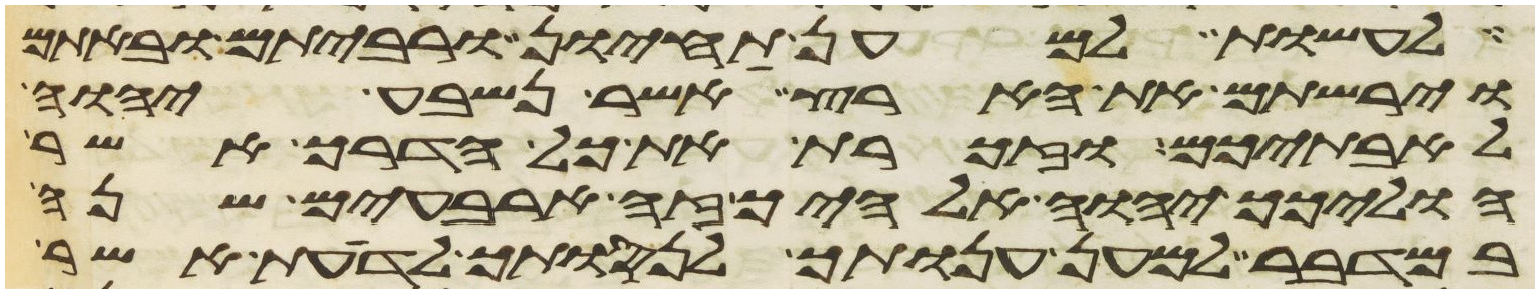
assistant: לעשות למען תחיון ורביתם ובאתם
וירשתם את הארץ אשר נשבע יהוה
לאבתיכם וזכרת את כל הדרך אשר
הוליכך יהוה אלהיך זה ארבעים שנה
במדבר למען ענותך לנסותך לדעת אשר